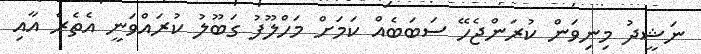
ނަޝީދު މިނިވަން ކުރަންޖެހޭ ސަބަބެއް ކަމަށް މަހްލޫފު ގަބޫލު ކުރައްވަނީ އެތެރެ އާއި